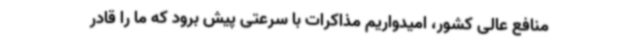
منافع عالی کشور، امیدواریم مذاکرات با سرعتی پیش برود که ما را قادر